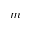
m